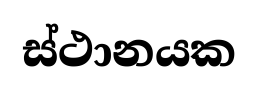
ස්ථානයක